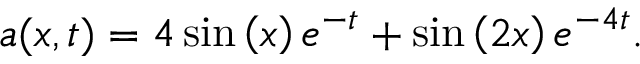
a ( x , t ) = 4 \sin \left( x \right) e ^ { - t } + \sin \left( 2 x \right) e ^ { - 4 t } .